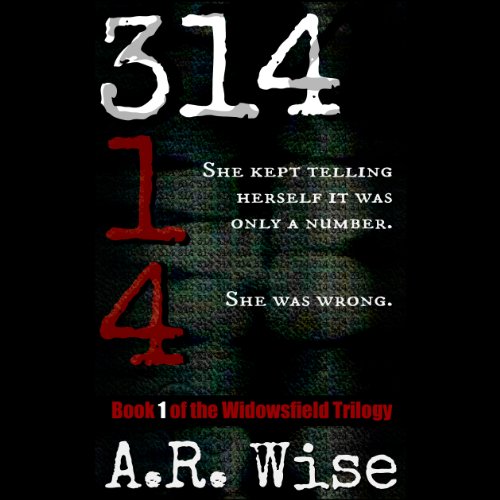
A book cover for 314; A. R. Wise; Mystery, Thriller & Suspense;